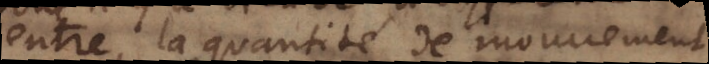
entre la quantité de mouvement